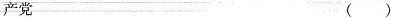
产党 ()